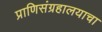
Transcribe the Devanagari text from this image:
प्राणिसंग्रहालयाचा